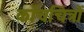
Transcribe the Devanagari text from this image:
काँचचित्रों